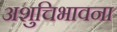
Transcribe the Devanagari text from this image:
अशुचिभावना